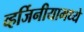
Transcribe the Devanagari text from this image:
व्हर्जिनीयामध्ये